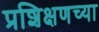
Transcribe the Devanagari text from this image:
प्रशिक्षणच्या